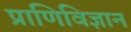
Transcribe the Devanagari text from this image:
प्राणिविज्ञान